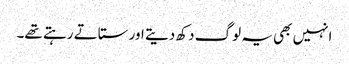
انہیں بھی یہ لوگ دکھ دیتے اور ستاتے رہتے تھے۔